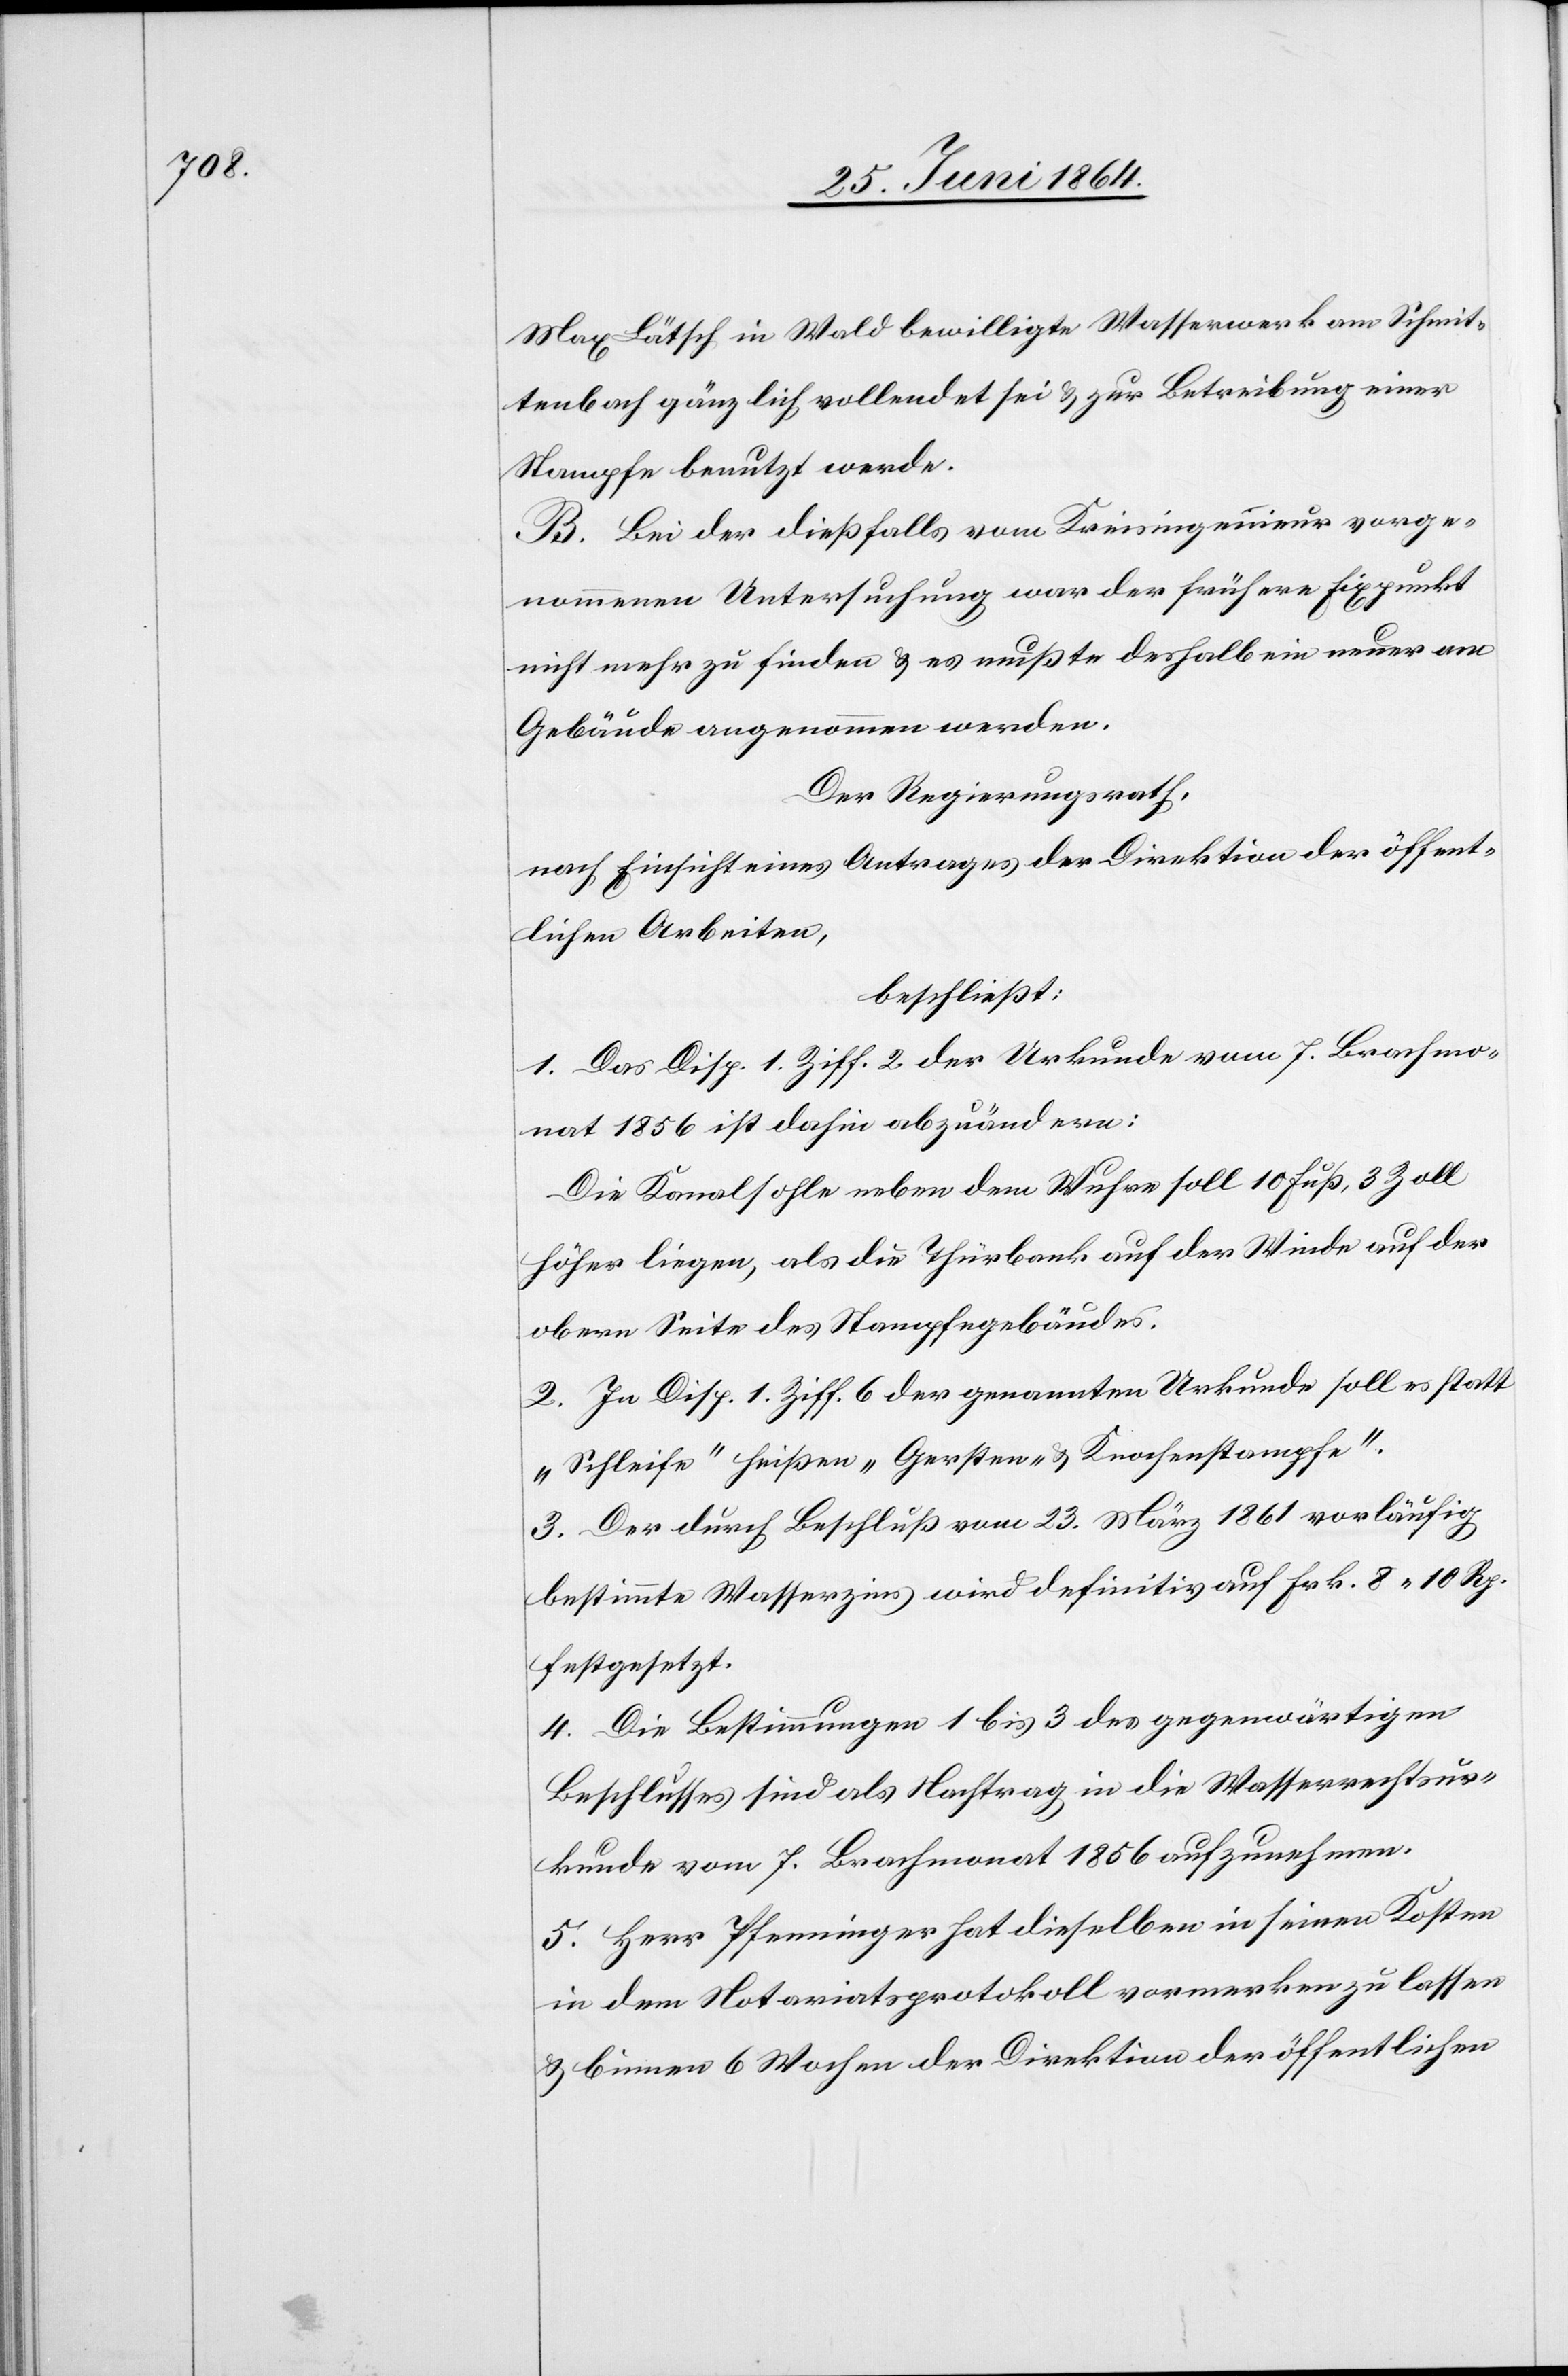
Max Lätsch in Wald bewilligte Wasserwerk am Schmit¬
tenbach gänzlich vollendet sei u. zur Betreibung einer
Stampfe benutzt werde.
B. Bei der dießfalls vom Kreisingenieur vorge¬
nommenen Untersuchung war der frühere Fixpunkt
nicht mehr zu finden u. es mußte deshalb ein neuer am
Gebäude angenommen werden.
Der Regierungsrath,
nach Einsicht eines Antrages der Direktion der öffent¬
lichen Arbeiten,
beschließt:
1. Das Disp. 1. Ziff. 2 der Urkunde vom 7. Brachmo¬
nat 1856 ist dahin abzuändern:
Die Kanalsohle neben dem Wuhre soll 10 Fuß, 3 Zoll
höher liegen, als die Thürbank auf der Winde auf der
obern Seite des Stampfengebäudes.
2. In Disp. 1. Ziff. 6 der genannten Urkunde soll es statt
„Schleife“ heißen „Gersten- u. Knochenstampfe“.
3. Der durch Beschluß vom 23. März 1861 vorläufig
bestimmte Wasserzins wird definitiv auf Frk. 8 10 Rp.
festgesetzt.
4. Die Bestimmungen 1 bis 3 des gegenwärtigen
Beschlusses sind als Nachtrag in die Wasserrechtsur¬
kunde vom 7. Brachmonat 1856 aufzunehmen.
5. Herr Pfenninger hat dieselben in seinen Kosten
in dem Notariatsprotokoll vormerken zu lassen
u. binnen 6 Wochen der Direktion der öffentlichen